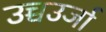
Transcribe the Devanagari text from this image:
उच्चउर्जा